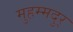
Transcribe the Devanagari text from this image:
मुहम्मदुर्